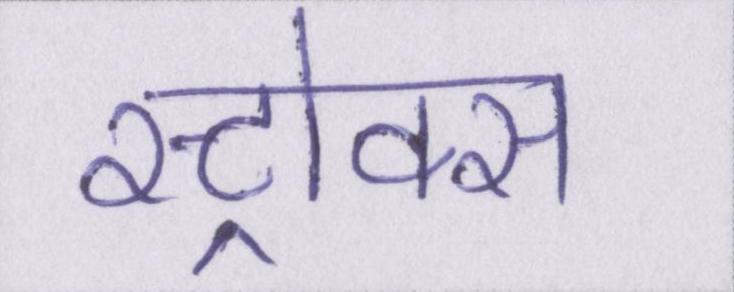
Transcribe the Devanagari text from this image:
स्ट्रोक्स